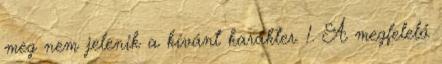
meg nem jelenik a kívánt karakter. 1. A megfelelő